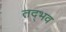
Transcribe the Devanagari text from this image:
तद्‍भव